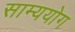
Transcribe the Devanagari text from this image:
साम्ययोग